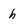
Character: h